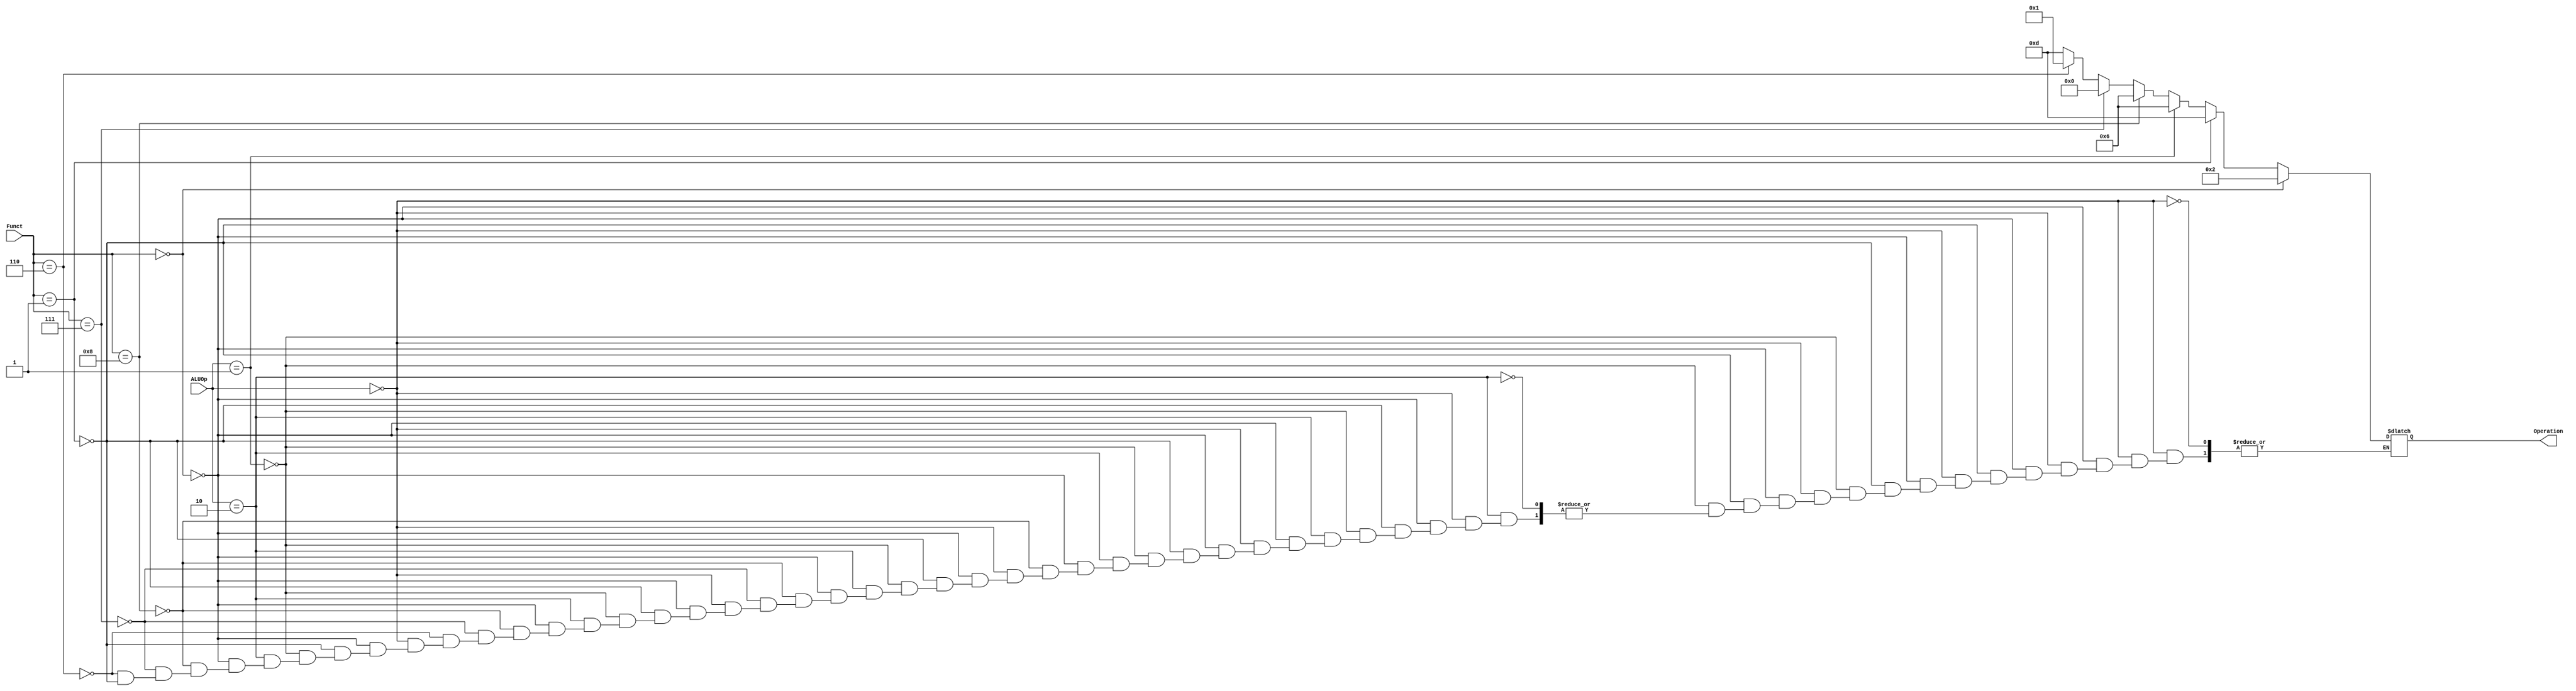
`timescale 1ns / 1ps

module ALU_Control(
    input [1:0] ALUOp,
    input [3:0] Funct,
    output reg [3:0] Operation
    );
    
    always @(*)
    begin
        
        if (ALUOp == 2'b00)
            if (Funct == 4'b0000)
                Operation = 4'b0010; // ADDI
            else if (Funct == 4'b0001) 
                Operation = 4'b1101; // SLLI
            
        else if (ALUOp == 2'b01)
            Operation = 4'b0110; // SUB
        
        else if (ALUOp == 2'b10)
            if (Funct == 4'b0000)
                Operation = 4'b0010; // ADD
            else if (Funct == 4'b1000)
                Operation = 4'b0110; // SUB
            else if (Funct == 4'b0111)
                Operation = 4'b0000; // AND
            else if (Funct == 4'b0110)
                Operation = 4'b0001; // OR
            else if (Funct == 4'b0001) 
                Operation = 4'b1101; // SLLI
        
    end 
endmodule